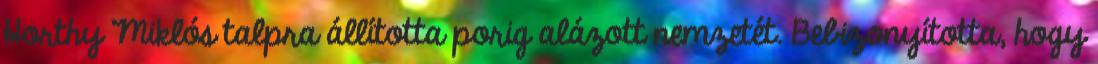
Horthy Miklós talpra állította porig alázott nemzetét. Bebizonyította, hogy